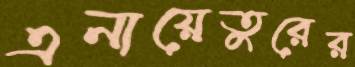
এনায়েতুরের